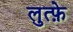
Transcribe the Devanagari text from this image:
लुत्फ़े